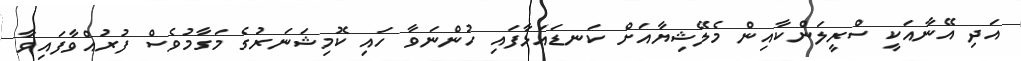
އަދި އޭނާއަކީ ސްރީލަންކާއިން މެލޭޝިޔާއަށް ކަނޑައަޅާފައި ހުންނަވާ ހައި ކޮމިޝަނަރުގެ މަގާމުވެސް ފުރުއްވާފައިވާ